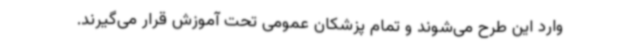
وارد این طرح می‌شوند و تمام پزشکان عمومی تحت آموزش قرار می‌گیرند.